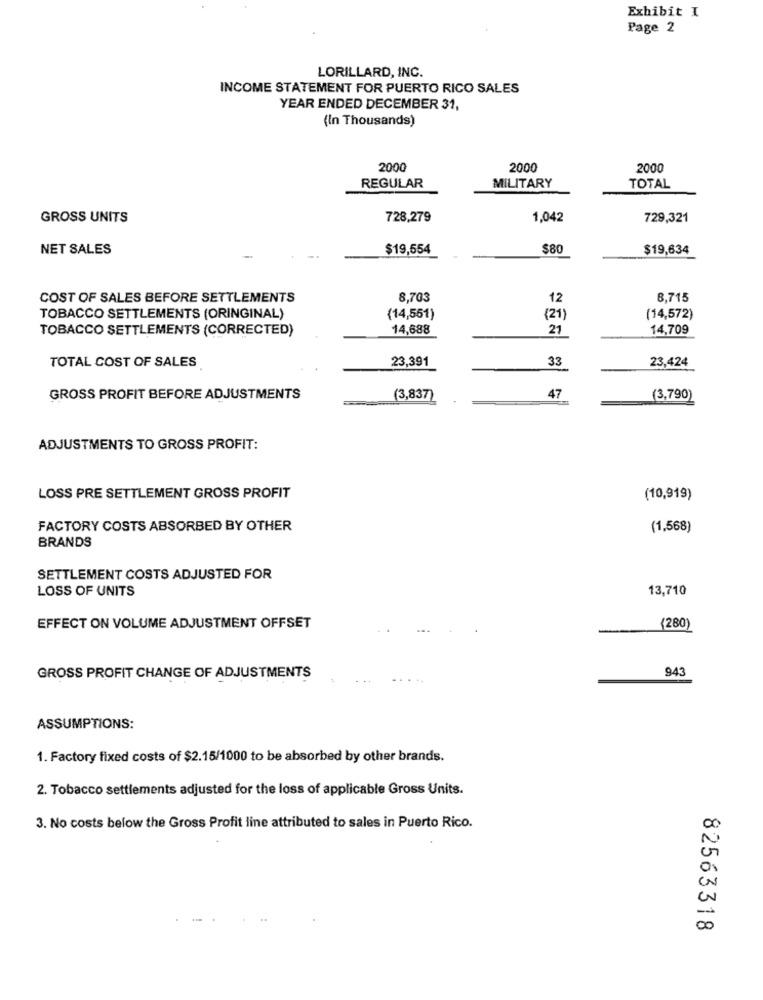
Exhibit I
Page 2
LORILLARD, INC.
INCOME STATEMENT FOR PUERTO RICO SALES
YEAR ENDED DECEMBER 31,
(In Thousands)
2000
2000
2000
REGULAR
MILITARY
TOTAL
GROSS UNITS
728,279
1,042
729,321
NET SALES
$19,554
$80
$19,634
COST OF SALES BEFORE SETTLEMENTS
8,703
12
8,715
TOBACCO SETTLEMENTS (ORINGINAL)
(14,551)
(21)
(14,572)
TOBACCO SETTLEMENTS (CORRECTED)
14,688
21
14,709
TOTAL COST OF SALES
23,391
33
23,424
GROSS PROFIT BEFORE ADJUSTMENTS
(3,837)
47
(3,790)
ADJUSTMENTS TO GROSS PROFIT:
LOSS PRE SETTLEMENT GROSS PROFIT
(10,919)
FACTORY COSTS ABSORBED BY OTHER
(1,568)
BRANDS
SETTLEMENT COSTS ADJUSTED FOR
LOSS OF UNITS
13,710
EFFECT ON VOLUME ADJUSTMENT OFFSET
(280
943
GROSS PROFIT CHANGE OF ADJUSTMENTS
...
ASSUMPTIONS:
1. Factory fixed costs of $2.15/1000 to be absorbed by other brands.
2. Tobacco settlements adjusted for the loss of applicable Gross Units.
00
3. No costs below the Gross Profit line attributed to sales in Puerto Rico.
in
00
82563318